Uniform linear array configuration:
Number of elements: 32
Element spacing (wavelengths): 0.25
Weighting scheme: blackman
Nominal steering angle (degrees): -15
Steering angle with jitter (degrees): -16.631
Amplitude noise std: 0.05
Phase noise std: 0.05

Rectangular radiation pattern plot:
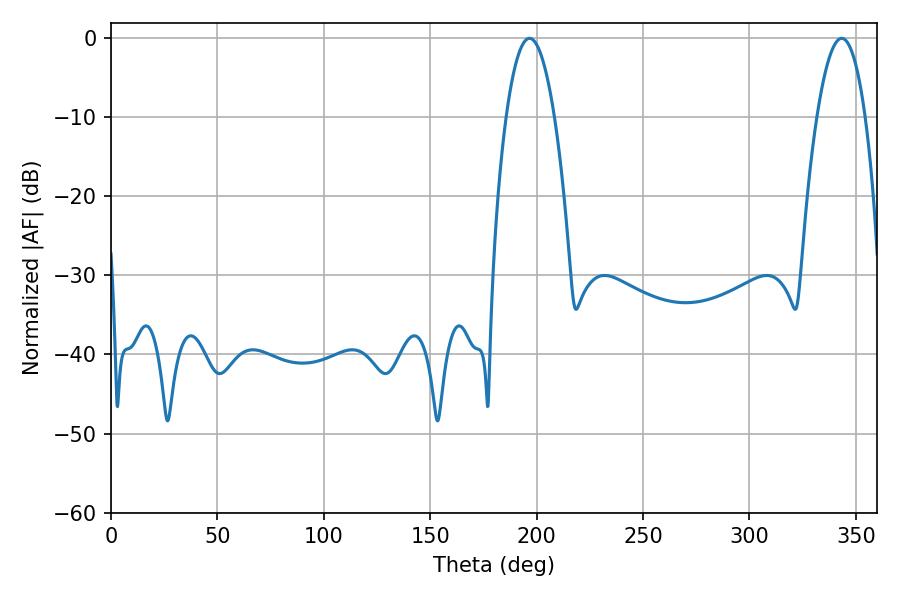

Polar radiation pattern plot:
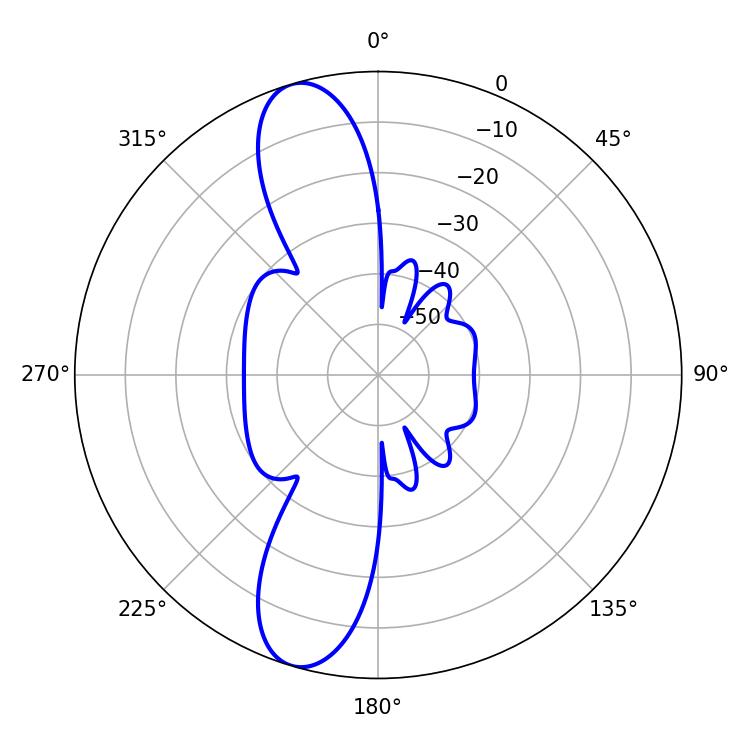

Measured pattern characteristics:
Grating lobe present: FALSE
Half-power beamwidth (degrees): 12.6
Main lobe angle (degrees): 196.56